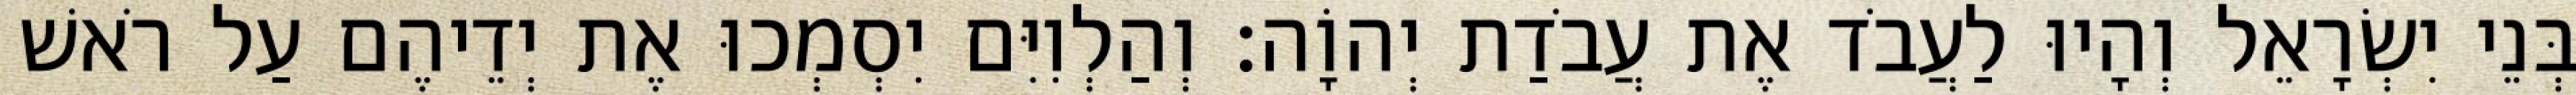
בְּנֵי יִשְׂרָאֵל וְהָיוּ לַעֲבֹד אֶת עֲבֹדַת יְהוָֹה׃ וְהַלְוִיִּם יִסְמְכוּ אֶת יְדֵיהֶם עַל רֹאשׁ